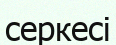
серкесі